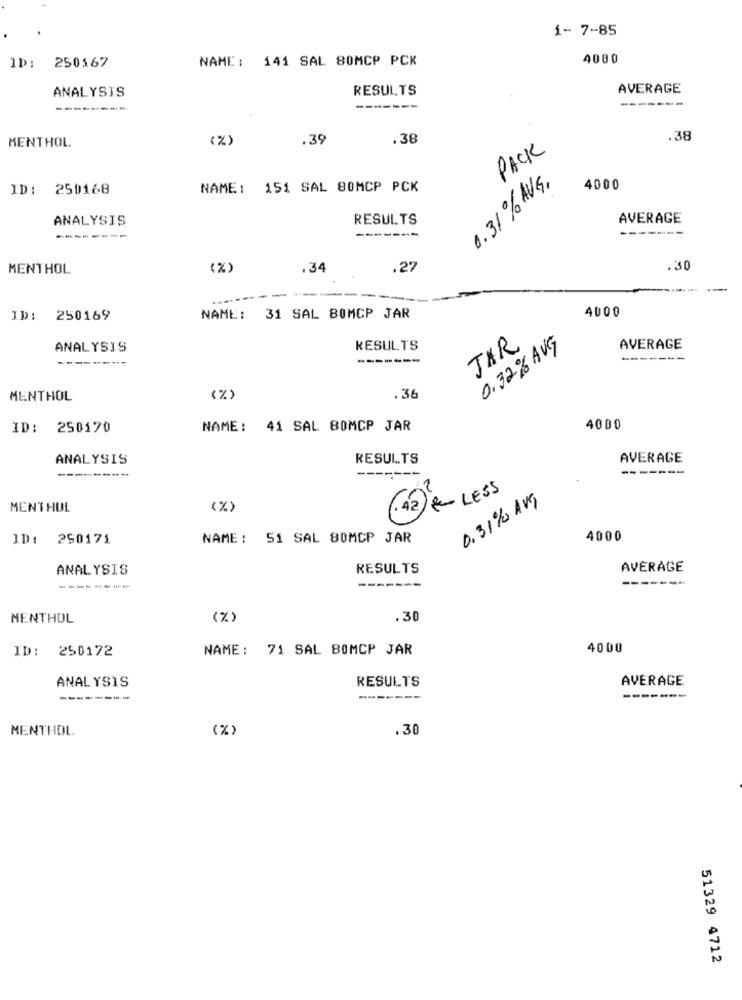
1- 7-85
NAME: 141 SAL 80MCP PCK
4000
ID: 250567
ANALYSIS
RESULTS
AVERAGE
-------
-----
---
------
MENTHOL
(%)
.39
.38
.38
PACK
0.31% AVG.
ID: 250168
NAME: 151 SAL 80MCP PCK
4000
ANALYSIS
RESULTS
AVERAGE
------
-------
MENTHOL
(%)
.34
.27
.30
-----
4000
ID: 250169
NAME: 31 SAL 80MCP JAR
JAR
0.32% AUG
ANALYSIS
RESULTS
AVERAGE
---------
-------
MENTHOL
.36
ID: 250170
NAME: 41 SAL BOMCP JAR
4000
ANALYSIS
RESULTS
AVERAGE
-----
--
---------
-------
42 & LESS
0.31% Avg
MENTHOL
(%)
ID: 250171
NAME: 51 SAL 80MCP JAR
4000
ANALYSIS
RESULTS
AVERAGE
--------
MENTHOL
(%)
.30
ID: 250172
NAME: 71 SAL 80MCP JAR
4000
AVERAGE
ANALYSIS
RESULTS
--------
MENTHOL
(%)
.30
51329 4712